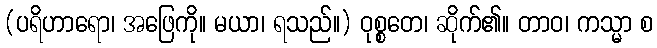
(ပရိဟာရော၊ အဖြေကို။ မယာ၊ ရသည်။) ဝုစ္စတေ၊ ဆိုက်၏။ တာဝ၊ ကသ္မာ စ